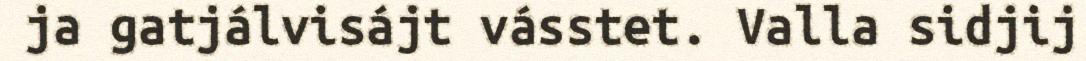
ja gatjálvisájt vásstet. Valla sidjij